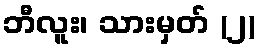
ဘီလူး၊ သားမှတ် (၂)